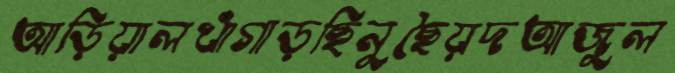
আড়িয়ালখাঁগাড়ছিনুছৈয়দআজুল